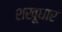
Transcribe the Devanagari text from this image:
शखूधार